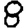
Digit: 8